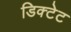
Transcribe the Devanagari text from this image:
डिक्टेट